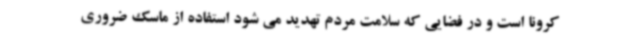
کرونا است و در فضایی که سلامت مردم تهدید می شود استفاده از ماسک ضروری